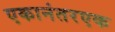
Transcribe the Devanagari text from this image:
एकानंतरएक